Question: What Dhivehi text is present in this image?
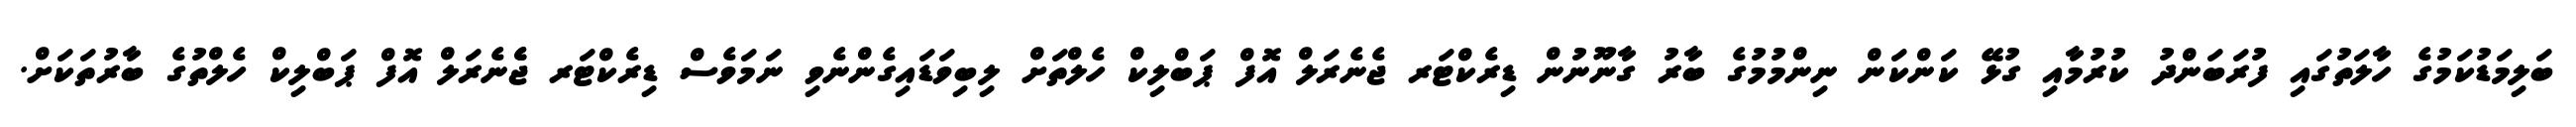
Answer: ބަލިމަޑުކަމުގެ ހާލަތުގައި ފުރަބަންދު ކުރުމާއި ގުޅޭ ކަންކަން ނިންމުމުގެ ބާރު ގާނޫނުން ޑިރެކްޓަރ ޖެނެރަލް އޮފް ޕަބްލިކް ހެލްތަށް ލިބިވަޑައިގެންނެވި ނަމަވެސް ޑިރެކްޓަރ ޖެެނެރަލް އޮފް ޕަބްލިކް ހެލްތުގެ ބާރުތަކަށް.